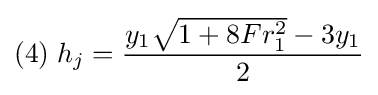
(4)\;h_{j}={\frac {y_{1}{\sqrt {1+8Fr_{1}^{2}}}-3y_{1}}{2}}